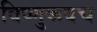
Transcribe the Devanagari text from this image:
विष्णुकवच